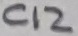
Text: C12